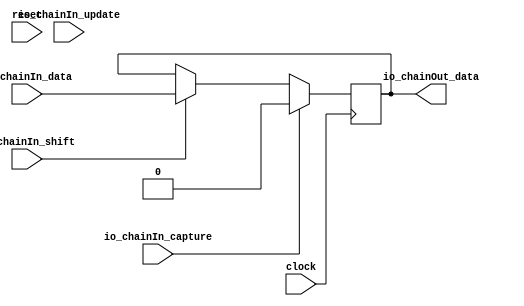
module JtagBypassChain(
  input   clock,
  input   reset,
  input   io_chainIn_shift,
  input   io_chainIn_data,
  input   io_chainIn_capture,
  input   io_chainIn_update,
  output  io_chainOut_data
);
`ifdef RANDOMIZE_REG_INIT
  reg [31:0] _RAND_0;
`endif // RANDOMIZE_REG_INIT
  reg  reg_; // @[JtagShifter.scala 61:16]
  wire  _T_1 = ~(io_chainIn_capture & io_chainIn_update); // @[JtagShifter.scala 72:10]
  wire  _T_4 = _T_1 & ~(io_chainIn_capture & io_chainIn_shift); // @[JtagShifter.scala 73:7]
  wire  _T_7 = _T_4 & ~(io_chainIn_update & io_chainIn_shift); // @[JtagShifter.scala 74:7]
  assign io_chainOut_data = reg_; // @[JtagShifter.scala 63:20]
  always @(posedge clock) begin
    if (io_chainIn_capture) begin // @[JtagShifter.scala 67:29]
      reg_ <= 1'h0; // @[JtagShifter.scala 68:9]
    end else if (io_chainIn_shift) begin // @[JtagShifter.scala 69:34]
      reg_ <= io_chainIn_data; // @[JtagShifter.scala 70:9]
    end
    `ifndef SYNTHESIS
    `ifdef STOP_COND
      if (`STOP_COND) begin
    `endif
        if (~_T_7 & ~reset) begin
          $fatal; // @[JtagShifter.scala 72:9]
        end
    `ifdef STOP_COND
      end
    `endif
    `endif // SYNTHESIS
    `ifndef SYNTHESIS
    `ifdef PRINTF_COND
      if (`PRINTF_COND) begin
    `endif
        if (~reset & ~_T_7) begin
          $fwrite(32'h80000002,
            "Assertion failed\n    at JtagShifter.scala:72 assert(!(io.chainIn.capture && io.chainIn.update)\n"); // @[JtagShifter.scala 72:9]
        end
    `ifdef PRINTF_COND
      end
    `endif
    `endif // SYNTHESIS
  end
// Register and memory initialization
`ifdef RANDOMIZE_GARBAGE_ASSIGN
`define RANDOMIZE
`endif
`ifdef RANDOMIZE_INVALID_ASSIGN
`define RANDOMIZE
`endif
`ifdef RANDOMIZE_REG_INIT
`define RANDOMIZE
`endif
`ifdef RANDOMIZE_MEM_INIT
`define RANDOMIZE
`endif
`ifndef RANDOM
`define RANDOM $random
`endif
`ifdef RANDOMIZE_MEM_INIT
  integer initvar;
`endif
`ifndef SYNTHESIS
`ifdef FIRRTL_BEFORE_INITIAL
`FIRRTL_BEFORE_INITIAL
`endif
initial begin
  `ifdef RANDOMIZE
    `ifdef INIT_RANDOM
      `INIT_RANDOM
    `endif
    `ifndef VERILATOR
      `ifdef RANDOMIZE_DELAY
        #`RANDOMIZE_DELAY begin end
      `else
        #0.002 begin end
      `endif
    `endif
`ifdef RANDOMIZE_REG_INIT
  _RAND_0 = {1{`RANDOM}};
  reg_ = _RAND_0[0:0];
`endif // RANDOMIZE_REG_INIT
  `endif // RANDOMIZE
end // initial
`ifdef FIRRTL_AFTER_INITIAL
`FIRRTL_AFTER_INITIAL
`endif
`endif // SYNTHESIS
endmodule